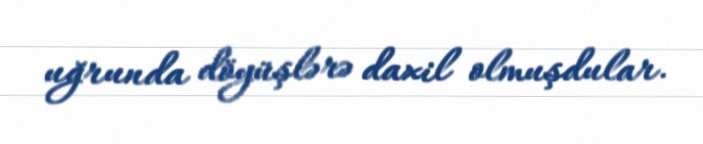
uğrunda döyüşlərə daxil olmuşdular.